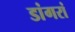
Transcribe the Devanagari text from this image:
डांगरां